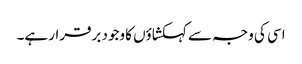
اسی کی وجہ سے کہکشاؤں کا وجود برقرار ہے۔